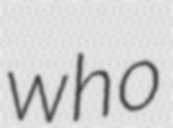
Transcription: who